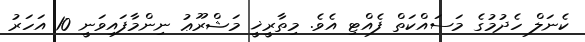
ކެނަލް ހެދުމުގެ މަސައްކަތް ފެއްޓި އެވެ. މިތާރީޚީ މަޝްރޫޢު ނިންމާފައިވަނީ 10 އަހަރު